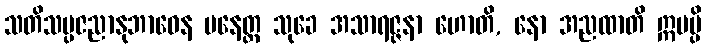
သတိသမ္ပဇညာနုဘာဝေန ပနေတ္ထ သုခေ အသာရဇ္ဇနာ ဟောတိ, နော အညထာတိ ဣမမ္ပိ